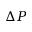
\Delta P